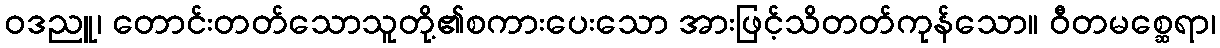
ဝဒညူ၊ တောင်းတတ်သောသူတို့၏စကားပေးသော အားဖြင့်သိတတ်ကုန်သော။ ဝီတမစ္ဆေရာ၊